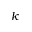
k